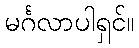
မင်္ဂလာပါရှင်။